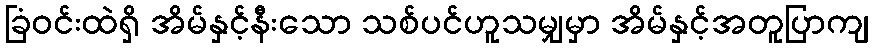
ခြံဝင်းထဲရှိ အိမ်နှင့်နီးသော သစ်ပင်ဟူသမျှမှာ အိမ်နှင့်အတူပြာကျ